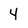
Character: 4